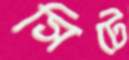
সিটে